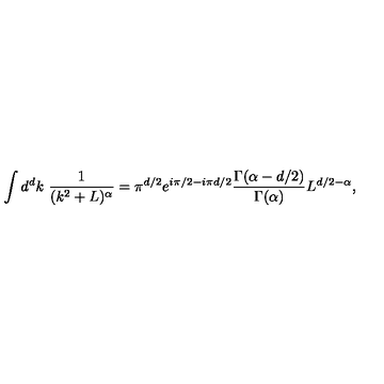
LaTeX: \int d ^ { d } k \ \frac { 1 } { ( k ^ { 2 } + L ) ^ { \alpha } } = \pi ^ { d / 2 } e ^ { i \pi / 2 - i \pi d / 2 } \frac { \Gamma ( \alpha - d / 2 ) } { \Gamma ( \alpha ) } L ^ { d / 2 - \alpha } ,